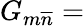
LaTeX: G_{m\overline{{{n}}}}=